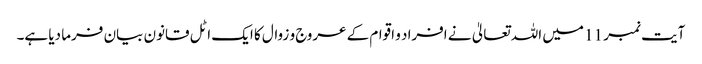
آیت نمبر 11 میں اللہ تعالیٰ نے افراد و اقوام کے عروج و زوال کا ایک اٹل قانون بیان فرما دیا ہے۔